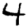
Digit: 4